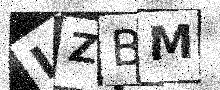
Text: LZBM